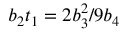
b _ { 2 } t _ { 1 } = 2 b _ { 3 } ^ { 2 } / 9 b _ { 4 }